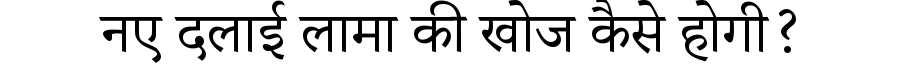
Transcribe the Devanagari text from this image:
नए दलाई लामा की खोज कैसे होगी?